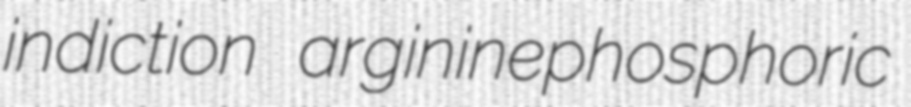
indiction argininephosphoric